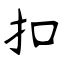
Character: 扣